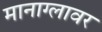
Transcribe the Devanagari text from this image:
मानाग्लावर